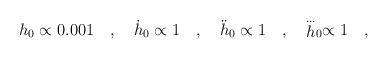
\begin{align*}h_0 \propto 0.001 \quad , \quad \dot h_0 \propto 1 \quad, \quad \ddot h_0 \propto 1 \quad , \quad\stackrel{...} h_0 \propto 1 \quad ,\end{align*}